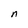
Character: n